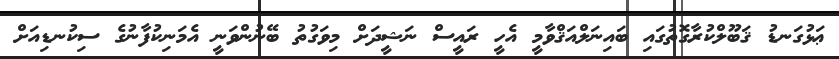
ޢަޅުގަނޑު ޤަބޫލްކުރާގޮތުގައި ބައިނަލްއަޤްވާމީ އެހީ ރައީސް ނަޝީދަށް މިިވަގުތު ބޭނުންވަނީ އެމަނިކުފާނުގެ ސިކުނޑިއަށް